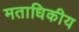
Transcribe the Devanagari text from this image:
मताधिकीय